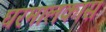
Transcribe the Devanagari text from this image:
घरमालकास